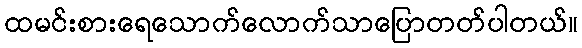
ထမင်းစားရေသောက်လောက်သာပြောတတ်ပါတယ်။